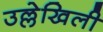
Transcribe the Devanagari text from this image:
उल्लेखिली